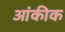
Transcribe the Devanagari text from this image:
आंकीक